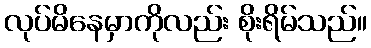
လုပ်မိနေမှာကိုလည်း စိုးရိမ်သည်။